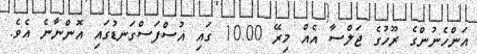
އަންހެނުންގެ ރޫހުގެ ޖަލްސާ އެއް މިރޭ 10.00 ގައި އުސްފަސްގަނޑުގައި އޮންނާނެ އެވެ.